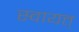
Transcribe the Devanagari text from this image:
स्वायत्त्